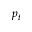
p _ { t }